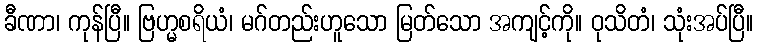
ခီဏာ၊ ကုန်ပြီ။ ဗြဟ္မစရိယံ၊ မဂ်တည်းဟူသော မြတ်သော အကျင့်ကို။ ဝုသိတံ၊ သုံးအပ်ပြီ။